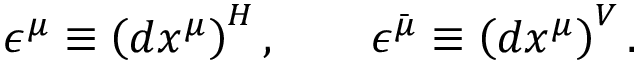
\epsilon ^ { \mu } \equiv \left( d x ^ { \mu } \right) ^ { H } , \qquad \epsilon ^ { \bar { \mu } } \equiv \left( d x ^ { \mu } \right) ^ { V } .